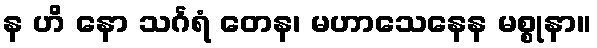
န ဟိ နော သင်္ဂရံ တေန၊ မဟာသေနေန မစ္စုနာ။